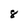
Character: 8